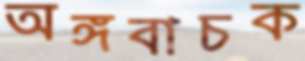
অঙ্গবাচক